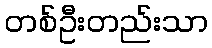
တစ်ဦးတည်းသာ